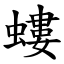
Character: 螻